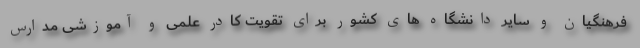
فرهنگیان و سایر دانشگاه های کشور برای تقویت کادر علمی و آموزشی مدارس